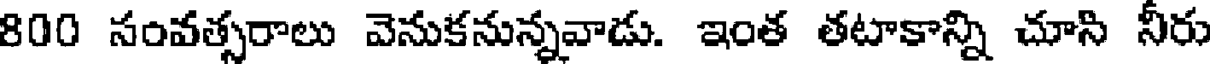
800 సంవత్సరాలు వెనుకనున్నవాడు. ఇంత తటాకాన్ని చూసి నీరు